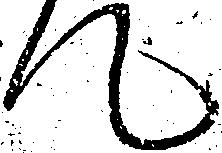
て